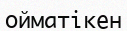
ойматікен